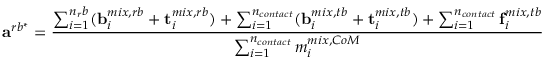
\mathbf { a } ^ { r b ^ { * } } = \frac { \sum _ { i = 1 } ^ { n _ { r } b } ( \mathbf { b } _ { i } ^ { m i x , r b } + \mathbf { t } _ { i } ^ { m i x , r b } ) + \sum _ { i = 1 } ^ { n _ { c o n t a c t } } ( \mathbf { b } _ { i } ^ { m i x , t b } + \mathbf { t } _ { i } ^ { m i x , t b } ) + \sum _ { i = 1 } ^ { n _ { c o n t a c t } } \mathbf { f } _ { i } ^ { m i x , t b } } { \sum _ { i = 1 } ^ { n _ { c o n t a c t } } m _ { i } ^ { m i x , C o M } }